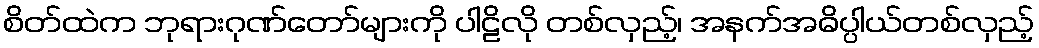
စိတ်ထဲက ဘုရားဂုဏ်တော်များကို ပါဠိလို တစ်လှည့်၊ အနက်အဓိပ္ပါယ်တစ်လှည့်